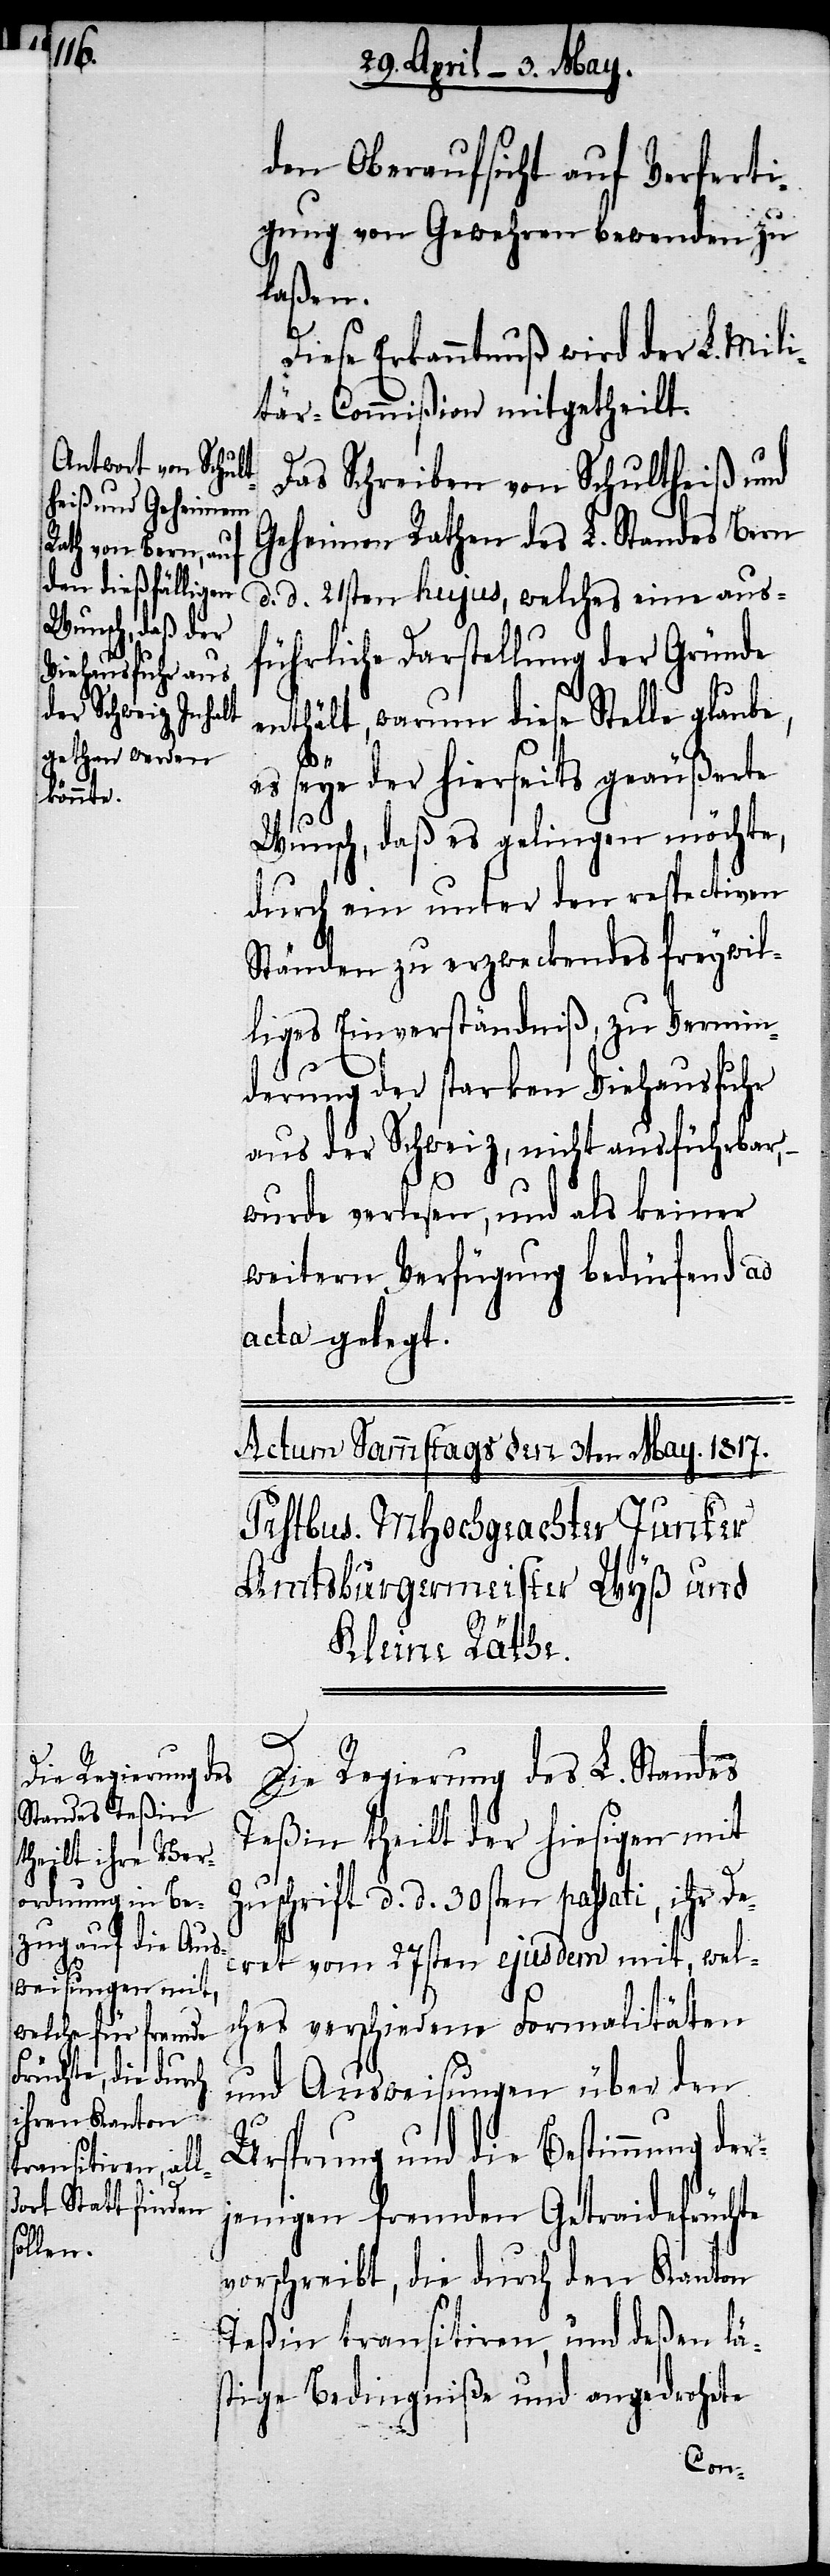
r¬

den Oberaufsicht auf Verferti¬
gung von Gewehren bewenden zu
laßen.
Diese Erkanntnuß wird der L. Mili¬
tär-Commißion mitgetheilt.
Das Schreiben von Schultheiß und
Geheimen Rathen des L. Standes Bern
d. d. 21sten hujus, welches eine aus¬
führliche Darstellung der Gründe
enthält, warum diese Stelle glaube,
es seye der hierseits geäußerte
Wunsch, daß es gelingen möchte,
durch ein unter den respectiven
Ständen zu erzweckendes freywil¬
liges Einverständniß, zu Vermin¬
derung der starken Viehausfuhr
aus der Schweiz, nicht ausführbar,
wurde verlesen, und als keiner
weitern Verfügung bedürfend ad
acta gelegt.
Die Regierung des L. Standes
Teßin theilt der hiesigen mit
Zuschrift d. d. 30sten passati, ihr De¬
cret vom 27sten ejusdem mit, wel¬
ches verschiedene Formalitäten
und Ausweisungen über den
Ursprung und die Bestimmung de¬
jenigen fremden Getraidefrüchte
vorschreibt, die durch den Kanton
Teßin transitiren, und deßen lä¬
stige Bedingniße und angedrohete